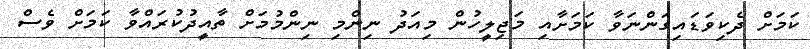
ކަމަށް ދެކިވަޑައިގަންނަވާ ކަމަށާއި މަޖިލީހުން މިއަދު ނިންމި ނިންމުމަށް ތާއީދުކުރައްވާ ކަމަށް ވެސް